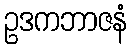
ဥဒကဘာဇနံ